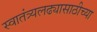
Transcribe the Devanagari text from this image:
स्वातंत्र्यलढ्यासाठीच्या